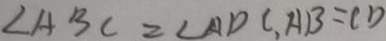
\angle A B C = \angle A D C , A B = C D